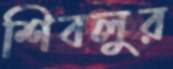
শিবলুর